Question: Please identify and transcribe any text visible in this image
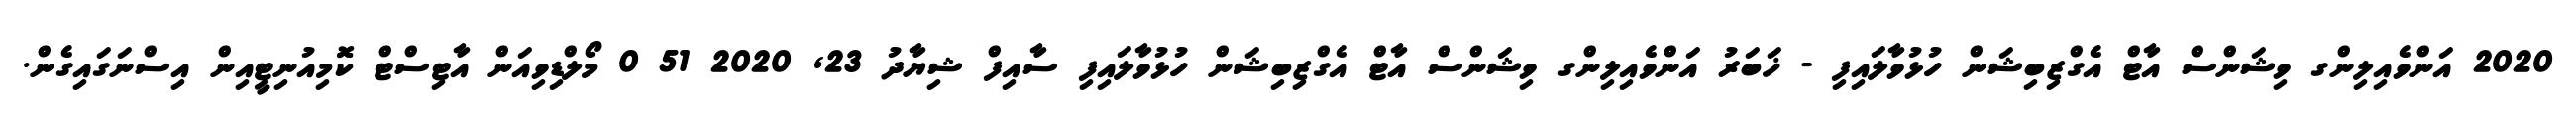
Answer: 2020 އަންވެއިލިންގ ވިޝަންސް އާޓް އެގްޒިބިޝަން ހުޅުވާލައިފި - ޚަބަރު އަންވެއިލިންގ ވިޝަންސް އާޓް އެގްޒިބިޝަން ހުޅުވާލައިފި ސާއިފް ޝިޔާދު 23, 2020 51 0 މޯލްޑިވިއަން އާޓިސްޓް ކޮމިއުނިޓީއިން އިސްނަގައިގެން.